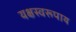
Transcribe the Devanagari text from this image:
यक्षस्वरूपाय